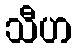
သီဟ